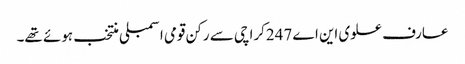
عارف علوی این اے 247کراچی سے رکن قومی اسمبلی منتخب ہوئے تھے۔